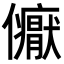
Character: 𭀏